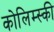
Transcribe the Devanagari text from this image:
कोलिम्स्की